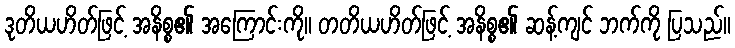
ဒုတိယဟိတ်ဖြင့် အနိစ္စ၏ အကြောင်းကို။ တတိယဟိတ်ဖြင့် အနိစ္စ၏ ဆန့်ကျင် ဘက်ကို ပြသည်။